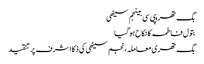
بگ تھریپی سی بینجم سیٹھی
بتول فاطمہ کا نکاح ہوگیا
بگ تھری معاملہ، نجم سیٹھی کی ذکا اشرف پر تنقید